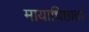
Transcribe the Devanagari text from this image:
मायाधिष्ठाता